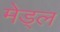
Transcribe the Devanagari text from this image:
मेड्ल